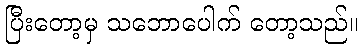
ပြီးတော့မှ သဘောပေါက် တော့သည်။